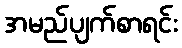
အမည်ပျက်စာရင်း